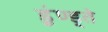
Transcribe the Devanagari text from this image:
डूंण्ड्ते